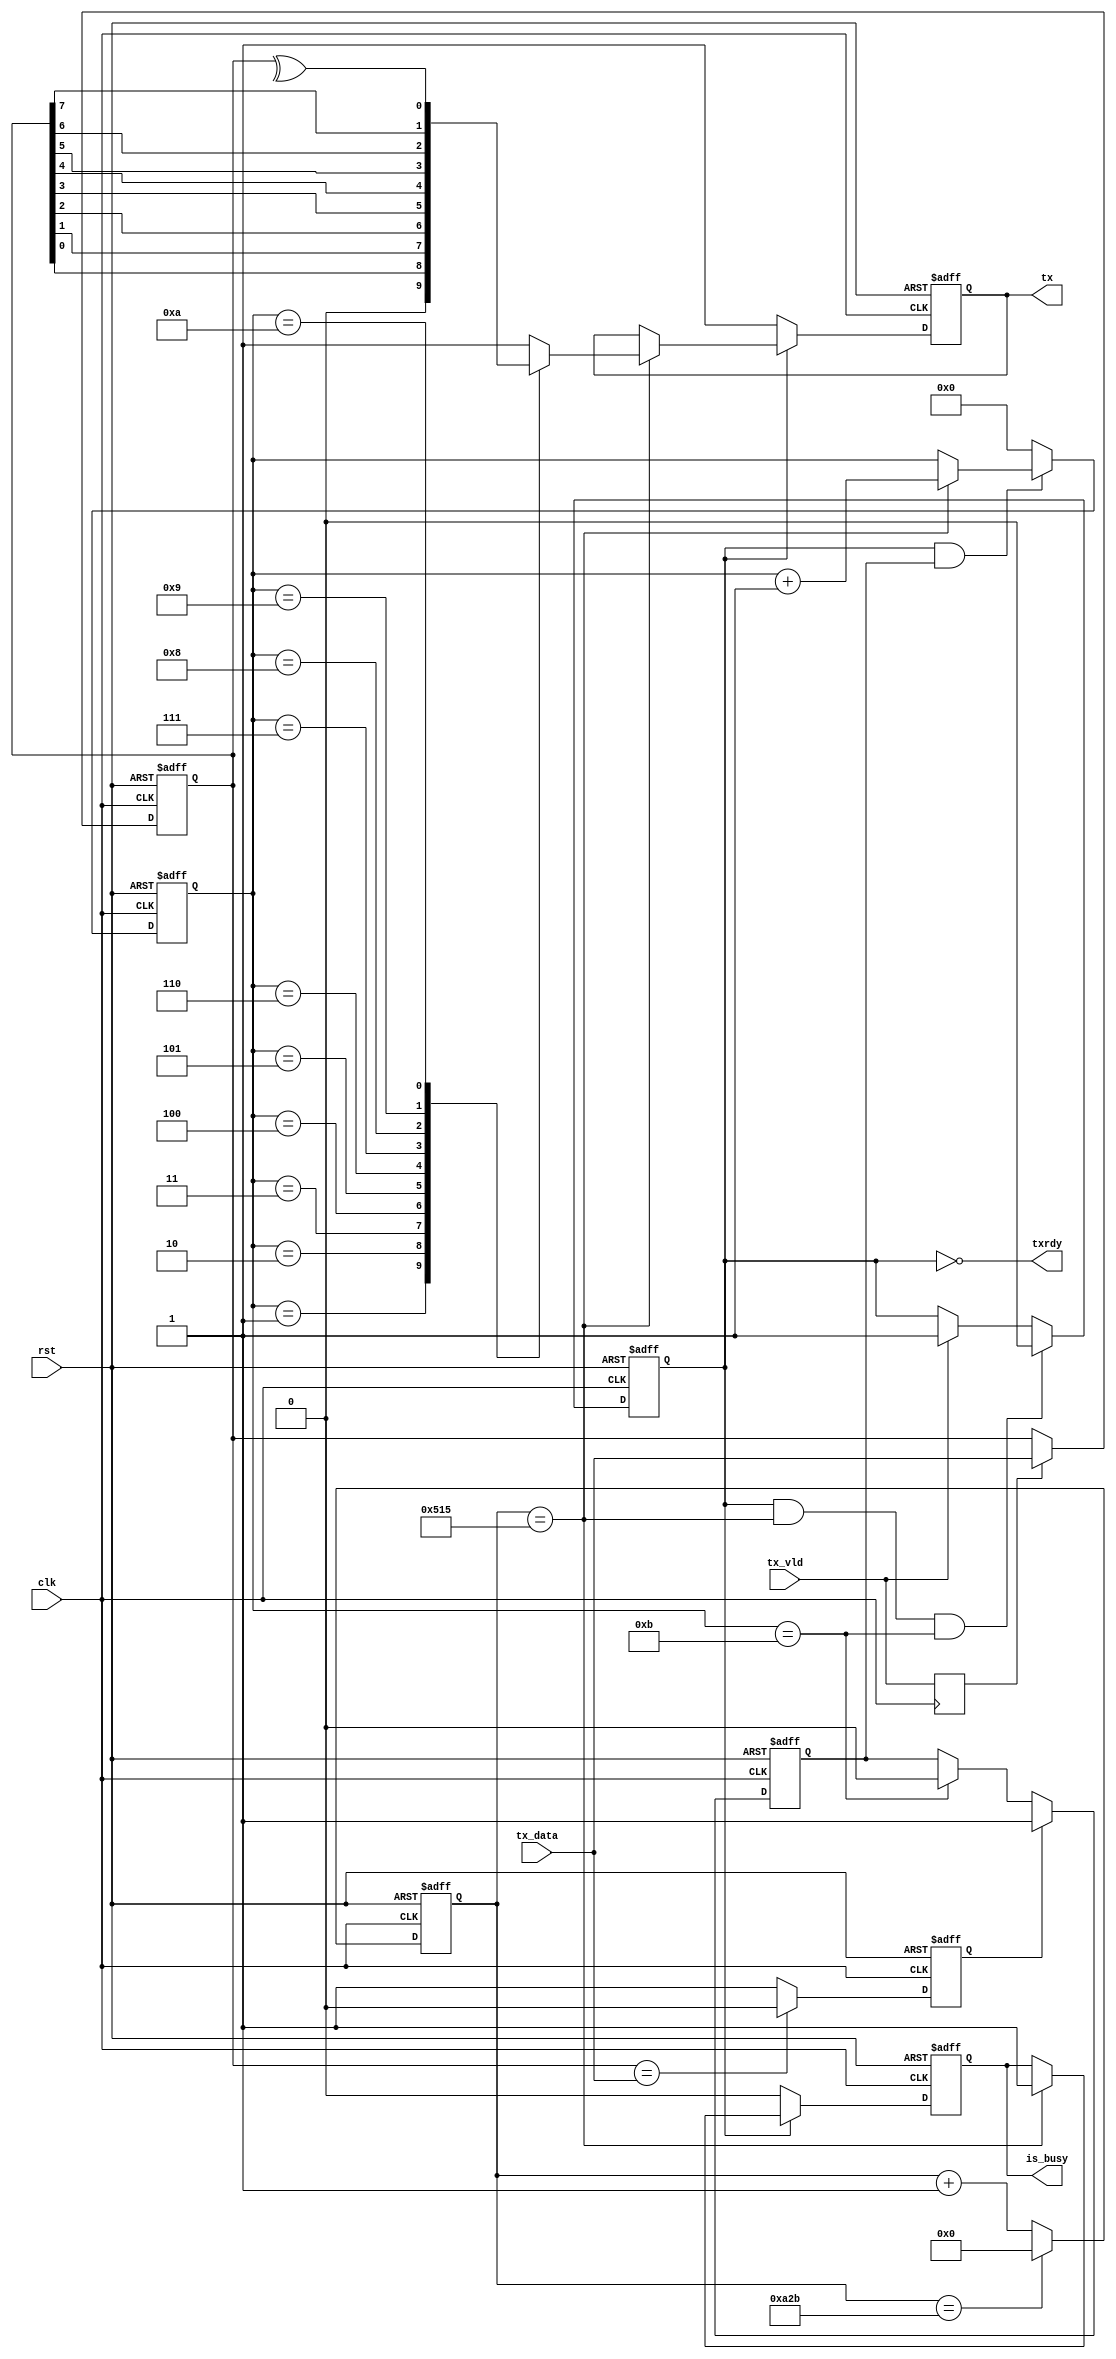
module tx(
    input wire clk,
    input wire rst,
    input wire tx_vld,
    input wire [7:0] tx_data,

    output reg tx,
    output wire txrdy,
	 output reg is_busy
);

// 9600Hz
reg [13:0] rx_cnt;
always @ (posedge clk or posedge rst) begin
    if (rst) begin
        rx_cnt <= 0;
    end
    else if (rx_cnt == 14'd2603) begin
        rx_cnt <= 0;
    end
    else begin
        rx_cnt <= rx_cnt + 1'b1;
    end
end

// tx_vld
reg txvld_ok;
always @ (posedge clk) begin
	txvld_ok <= tx_vld;
end

// tx_vld
reg [7:0] tx_rdy_data;
always @ (posedge clk or posedge rst) begin
    if (rst) begin
        tx_rdy_data <= 8'b0;
    end
    else if (txvld_ok) begin
        tx_rdy_data <= tx_data;
    end
end


// 1302
wire rx_en;
assign rx_en = (rx_cnt == 14'd1301);

// tx_vld
reg tran_vld;
reg [3:0] tran_cnt;
always @ (posedge clk or posedge rst) begin
    if (rst) begin
        tran_vld <= 1'b0;
    end
    else if (tran_vld & rx_en & (tran_cnt == 4'd11)) begin
        tran_vld <= 1'b0;
    end
    else if (tx_vld) begin
        tran_vld <= 1'b1;
    end	 
end

reg data_change;
reg start;
always @ (posedge clk or posedge rst) begin
	if (rst) begin
		data_change <= 1'b0;
	end
	else if (~(tx_rdy_data == tx_data)) begin
		data_change <= 1'b1;
	end
	else if (tx_rdy_data == tx_data) begin
		data_change <= 1'b0;
	end
end

always @ (posedge clk or posedge rst) begin
	if (rst) begin
		start = 1'b0;
	end
	else if(data_change == 1'b1) begin
		start = 1'b1;
	end
	else if (tran_cnt == 4'd11) begin
		start = 1'b0;
	end
end

always @ (posedge clk or posedge rst) begin
    if (rst) begin
        tran_cnt <= 4'b0;
    end
    else if (tran_vld & start) begin
        if (rx_en) begin
            tran_cnt <= tran_cnt + 1'b1;
//				if (tran_cnt == 4'd10) begin
//					tran_cnt <= 4'b0;
//				end
        end
    end
    else begin
        tran_cnt <= 4'b0;
    end
end

// 
always @ (posedge clk or posedge rst) begin
    if (rst) begin
        tx <= 1'b1;
		  is_busy <= 1'b0;
    end
    else if (tran_vld) begin
        if (rx_en) begin
            is_busy <= 1'b1;
				case (tran_cnt)
            4'd0  : tx <= 1'b1;
            4'd1  : tx <= 1'b0;
            4'd2  : tx <= tx_rdy_data[0];
            4'd3  : tx <= tx_rdy_data[1];
            4'd4  : tx <= tx_rdy_data[2];
            4'd5  : tx <= tx_rdy_data[3];
            4'd6  : tx <= tx_rdy_data[4];
            4'd7  : tx <= tx_rdy_data[5];
            4'd8  : tx <= tx_rdy_data[6];
            4'd9  : tx <= tx_rdy_data[7];
            4'd10 : tx <= ^tx_rdy_data;
				4'd11 : tx <= 1'b1;
            default: tx <= 1'b1;
            endcase
        end
    end
	 else begin
		tx <= 1'b1;
		is_busy <= 1'b0;
	 end
end

assign txrdy = ~tran_vld;

endmodule